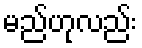
မည်ဟုလည်း